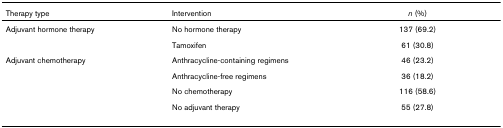
| Therapy type | Intervention | n (%) |
 | --- | --- | --- |
 | Adjuvant hormone therapy | No hormone therapy | 137 (69.2) |
 |  | Tamoxifen | 61 (30.8) |
 | Adjuvant chemotherapy | Anthracycline-containing regimens | 46 (23.2) |
 |  | Anthracycline-free regimens | 36 (18.2) |
 |  | No chemotherapy | 116 (58.6) |
 |  | No adjuvant therapy | 55 (27.8) |